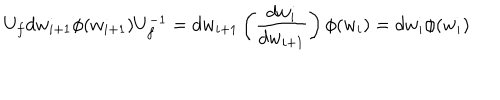
U _ { f } d w _ { i + 1 } \phi ( w _ { i + 1 } ) U _ { f } ^ { - 1 } = d w _ { i + 1 } \left( \frac { d w _ { i } } { d w _ { i + 1 } } \right) \phi ( w _ { i } ) = d w _ { i } \phi ( w _ { i } )